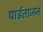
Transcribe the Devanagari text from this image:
पाईताजन